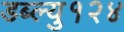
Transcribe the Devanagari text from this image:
डब्ल्यु१२४